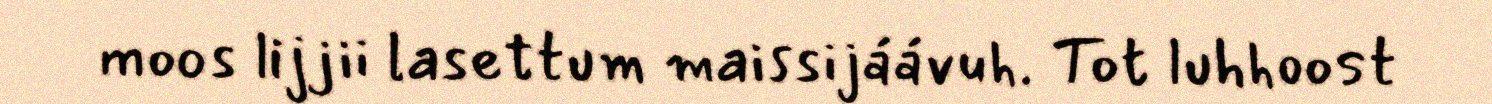
moos lijjii lasettum maissijáávuh. Tot luhhoost